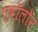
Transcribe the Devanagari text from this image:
एवॉलोन